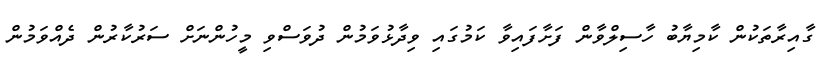
ގާއިރާތަކުން ކާމިޔާބު ހާސިލްވާން ފަށާފައިވާ ކަމުގައި ވިދާޅުވަމުން ދުވަސްވި މީހުންނަށް ސަރުކާރުން ދެއްވަމުން